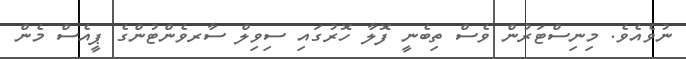
ނުވެއެވެ. މިނިސްޓަރުން ވެސް ތިބެނީ ފޮލާ ހޮރުގައި ސިވިލް ސާރވެންޓުންގެ ޕީއެސް މެން